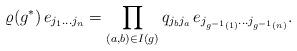
LaTeX: \begin{align*} \varrho(g^*)\,e_{j_{1}\dots j_{n}}=\prod_{(a,b)\in I(g)} q_{j_{b}j_{a}}\,e_{j_{g^{-1}(1)}\dots j_{g^{-1}(n)}}.\end{align*}